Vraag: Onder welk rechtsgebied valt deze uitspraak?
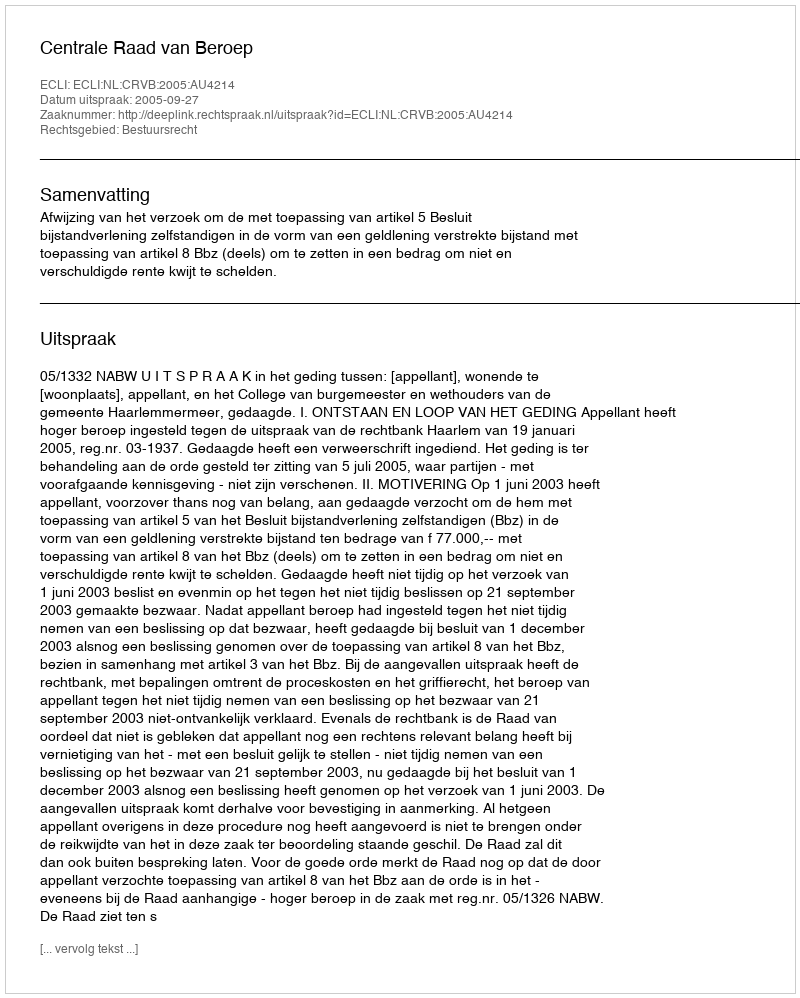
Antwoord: Bestuursrecht